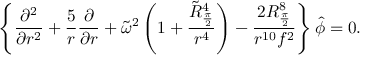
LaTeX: \left\{ { \frac { \partial ^ { 2 } } { \partial r ^ { 2 } } } + { \frac { 5 } { r } } { \frac { \partial } { \partial r } } + \tilde { \omega } ^ { 2 } \left( 1 + { \frac { \tilde { R } _ { \frac { \pi } { 2 } } ^ { 4 } } { r ^ { 4 } } } \right) - { \frac { 2 R _ { \frac { \pi } { 2 } } ^ { 8 } } { r ^ { 1 0 } f ^ { 2 } } } \right\} \hat { \phi } = 0 .